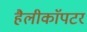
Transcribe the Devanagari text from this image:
हैलीकाॅपटर